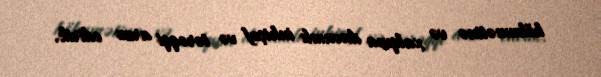
hökumətinə və xalqına davamlı inkişaf və tərəqqi arzu edirik.